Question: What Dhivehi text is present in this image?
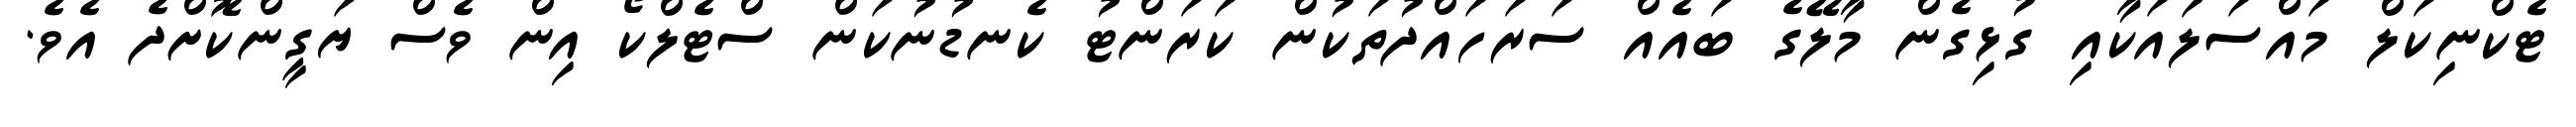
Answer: ޓެކްނިކަލް މައްސަލައަކާއި ގުޅިގެން މާލޭގެ ބައެއް ސަރަހައްދުތަކުން ކަރަންޓު ކެނޑުނުކަން ސްޓެލްކޯ އިން ވެސް ޔަގީންކޮށްދެ އެވެ.